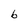
Character: b